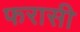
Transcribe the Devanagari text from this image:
फरासी